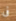
فى